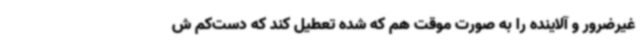
غیرضرور و آلاینده را به صورت موقت هم که شده تعطیل کند که دست‌کم ش